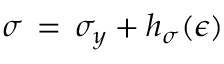
\sigma \, = \, \sigma _ { y } + h _ { \sigma } ( \epsilon )